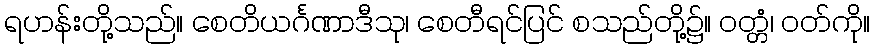
ရဟန်းတို့သည်။ စေတိယင်္ဂဏာဒီသု၊ စေတီရင်ပြင် စသည်တို့၌။ ဝတ္တံ၊ ဝတ်ကို။